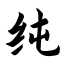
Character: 纯